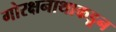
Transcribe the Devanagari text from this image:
गोरक्षनाथाकडून